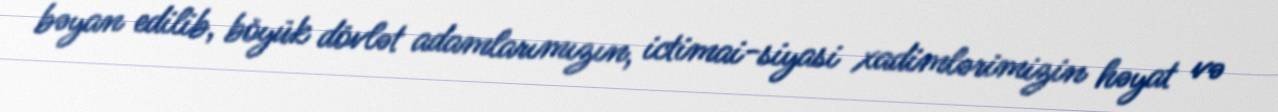
bəyan edilib, böyük dövlət adamlarımızın, ictimai-siyasi xadimlərimizin həyat və